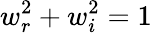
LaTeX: w_{r}^{2}+w_{i}^{2}=1